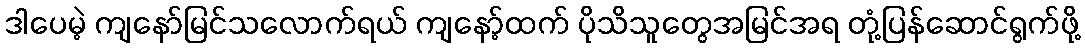
ဒါပေမဲ့ ကျနော်မြင်သလောက်ရယ် ကျနော့်ထက် ပိုသိသူတွေအမြင်အရ တုံ့ပြန်ဆောင်ရွက်ဖို့